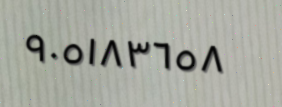
٩٠٥١٨٣٦٥٨